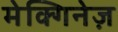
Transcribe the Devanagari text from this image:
मेक्गिनेज़